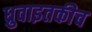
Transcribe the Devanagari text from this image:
ध्रुवाइतकीच